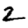
Digit: 2